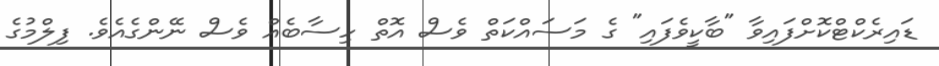
ޑައިރެކްޓްކޮށްފައިވާ "ބާކީވެފައި" ގެ މަސައްކަތް ވެސް އޮތް ހިސާބެއް ވެސް ނޭންގެއެވެ. ފިލްމުގެ